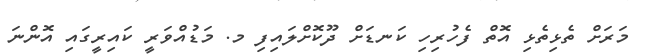
މަރަށް ތެޅިތެޅި އޮތް ފެހުރިހި ކަނޑަށް ދޫކޮށްލައިފި މ. މަޑުއްވަރީ ކައިރީގައި އޮންނަ